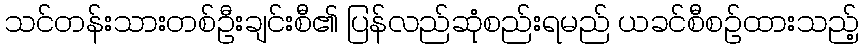
သင်တန်းသားတစ်ဦးချင်းစီ၏ ပြန်လည်ဆုံစည်းရမည် ယခင်စီစဉ်ထားသည့်